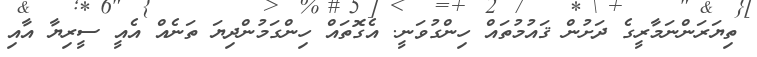
ތިޔަރަންނަމާރީގެ ދަށުން ޤައުމުތައް ހިންގުވަނީ. އެގޮތައް ހިންގަމުންދިޔަ ތަނެއް އެއީ ސީރިޔާ އާއި